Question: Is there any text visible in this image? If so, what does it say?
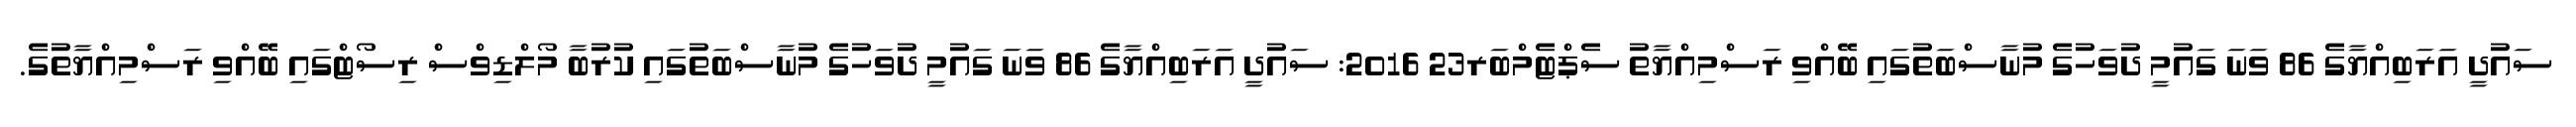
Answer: ސައުދީ އަރަބިއްޔާގެ 86 ވަނަ ގައުމީ ދުވަހުގެ މުނާސްބަތުގައި ބޭއްވި ރަސްމިއްޔާތު ސެޕްޓެމްބަރ23 2016: ސައުދީ އަރަބިއްޔާގެ 86 ވަނަ ގައުމީ ދުވަހުގެ މުނާސްބަތުގައި ކުރުބާ މޯލްޑިވްސް ރިސޯޓްގައި ބޭއްވި ރަސްމިއްޔާތުގެ.